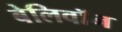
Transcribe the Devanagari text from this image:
बेलिवॉन